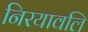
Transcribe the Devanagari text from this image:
निरयावलि